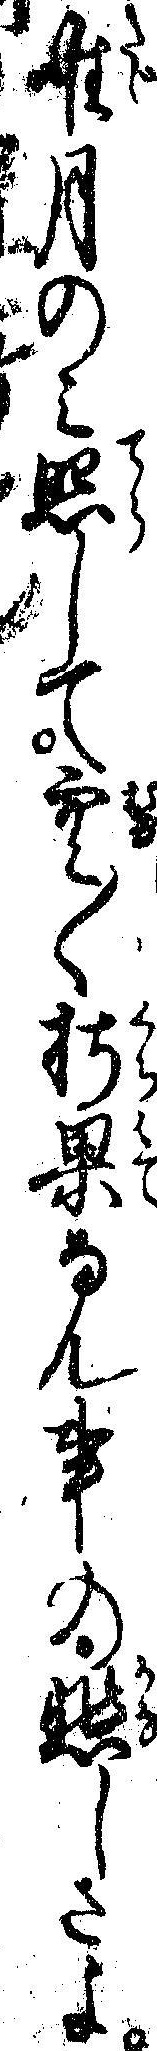
唯月のミ照して空く朽果なん事の悲しさよ